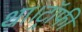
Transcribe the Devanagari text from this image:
था।ट्रॉफी